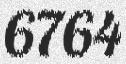
6764